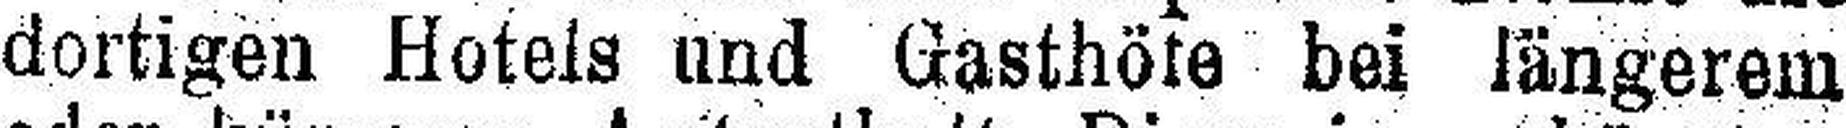
dortigen Hotels und Gasthöfe bei längerem